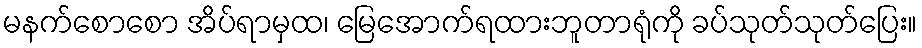
မနက်စောစော အိပ်ရာမှထ၊ မြေအောက်ရထားဘူတာရုံကို ခပ်သုတ်သုတ်ပြေး။